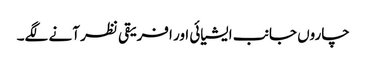
چاروں جانب ایشیائی اور افریقی نظر آنے لگے۔